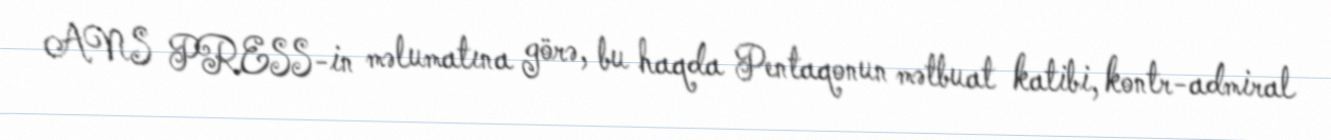
ANS PRESS-in məlumatına görə, bu haqda Pentaqonun mətbuat katibi, kontr-admiral